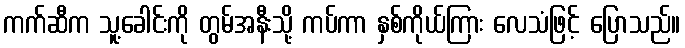
ကက်ဆီက သူ့ခေါင်းကို တွမ်အနီးသို့ ကပ်ကာ နှစ်ကိုယ်ကြား လေသံဖြင့် ပြောသည်။